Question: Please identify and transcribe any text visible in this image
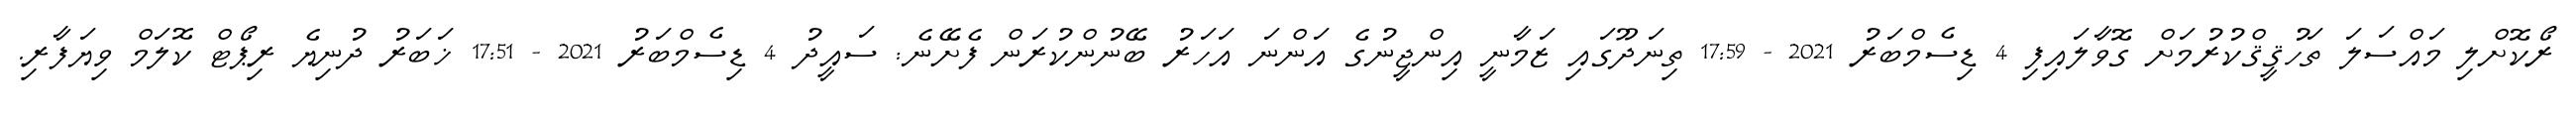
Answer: ރޯކޮށްލި މައްސަލަ ތަހުޤީޤްކުރުމަށް ގޮވާލައިފި 4 ޑިސެމްބަރު 2021 - 17:59 ތިނަދޫގައި ޒަމާނީ އިންޖީނުގެ އަންނަ އަހަރު ބޭނުންކުރަން ފެށޭނެ: ސައީދު 4 ޑިސެމްބަރު 2021 - 17:51 ޚަބަރު ދުނިޔެ ރިޕޯޓް ކޮލަމް ވިޔަފާރި.